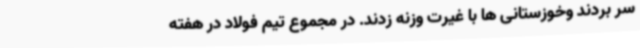
سر بردند وخوزستانی ها با غیرت وزنه زدند. در مجموع تیم فولاد در هفته